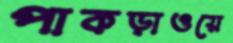
পাকড়াওয়ে